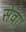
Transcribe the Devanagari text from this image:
सेवाा